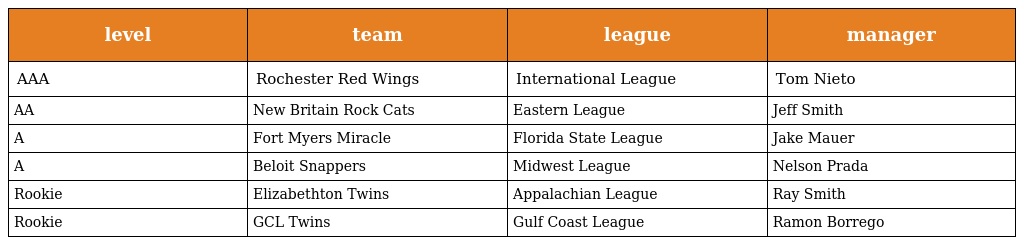
| level | team | league | manager |
 | --- | --- | --- | --- |
 | AAA | Rochester Red Wings | International League | Tom Nieto |
 | AA | New Britain Rock Cats | Eastern League | Jeff Smith |
 | A | Fort Myers Miracle | Florida State League | Jake Mauer |
 | A | Beloit Snappers | Midwest League | Nelson Prada |
 | Rookie | Elizabethton Twins | Appalachian League | Ray Smith |
 | Rookie | GCL Twins | Gulf Coast League | Ramon Borrego |